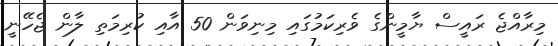
މިރާއްޖެ ރައީސް ޔާމީންގެ ވެރިކަމުގައި މިނިވަން 50 އާއި ކުރިމަތި ލާން ޖެހޭނީ